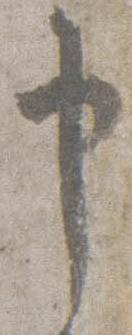
申